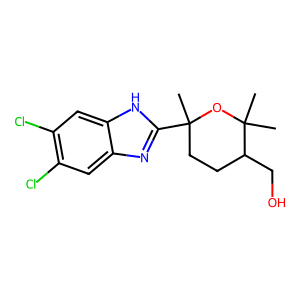
SMILES: CC1(c2nc3cc(Cl)c(Cl)cc3[nH]2)CCC(CO)C(C)(C)O1
Inhibits HIV replication: No